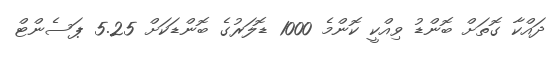
ދައްކާ ގޮތަށް ބޮންޑު ވިއްކީ ކޮންމެ 1000 ޑޮލަރުގެ ބޮންޑަކަށް 5.25 ޕަސެންޓް